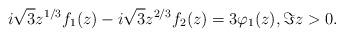
LaTeX: \begin{align*} i \sqrt{3} z^{1/3} f_{1}(z) - i \sqrt{3} z^{2/3} f_{2}(z) &= 3\varphi_{1}(z), \Im z > 0.\end{align*}